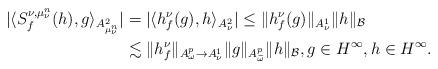
LaTeX: \begin{align*}|\langle S^{\nu,\mu^{n}_{\nu}}_{f}(h),g\rangle_{A^{2}_{\mu^{n}_{\nu}}}|&=|\langle h_{f}^{\nu}(g),h\rangle_{A^{2}_{\nu}}|\le\|h_{f}^{\nu}(g)\|_{A^{1}_{\nu}}\|h\|_{\mathcal{B}}\\&\lesssim\|h_{f}^{\nu}\|_{A^{p}_{\omega}\to A^{1}_{\nu}}\|g\|_{A^{p}_{\widetilde{\omega}}}\|h\|_{\mathcal{B}}, g\in H^\infty,h\in H^\infty.\end{align*}